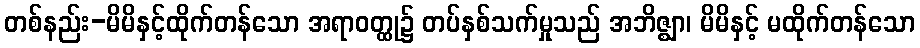
တစ်နည်း-မိမိနှင့်ထိုက်တန်သော အရာဝတ္ထု၌ တပ်နှစ်သက်မှုသည် အဘိဇ္ဈာ၊ မိမိနှင့် မထိုက်တန်သော